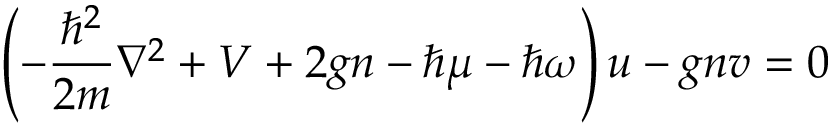
\left( - { \frac { \hbar ^ { 2 } } { 2 m } } \nabla ^ { 2 } + V + 2 g n - \hbar \mu - \hbar \omega \right) u - g n v = 0